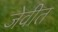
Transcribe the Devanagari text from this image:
जेवीत